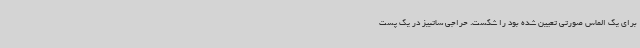
برای یک الماس صورتی تعیین شده بود را شکست. حراجی ساتبیز در یک پست